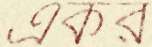
একর